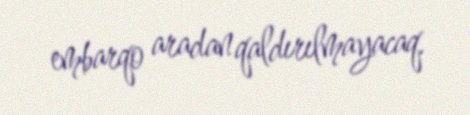
embarqo aradan qaldırılmayacaq.